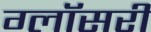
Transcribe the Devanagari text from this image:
ग्लॉसरी